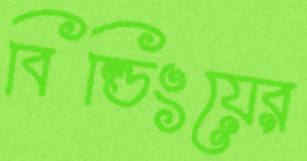
বিল্ডিংয়ের